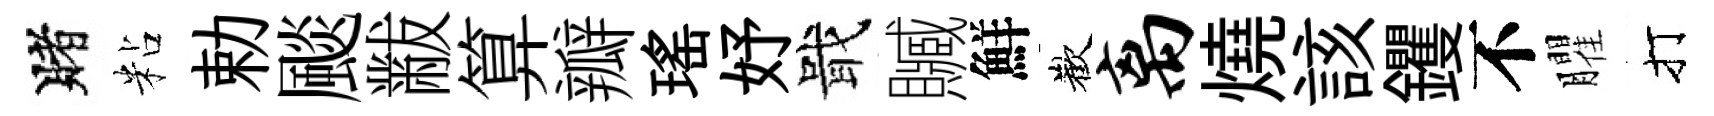
賭粘勅颷黻算瓣瑤妤戢贓鮮歡离燒該钁不臞打